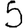
Digit: 5